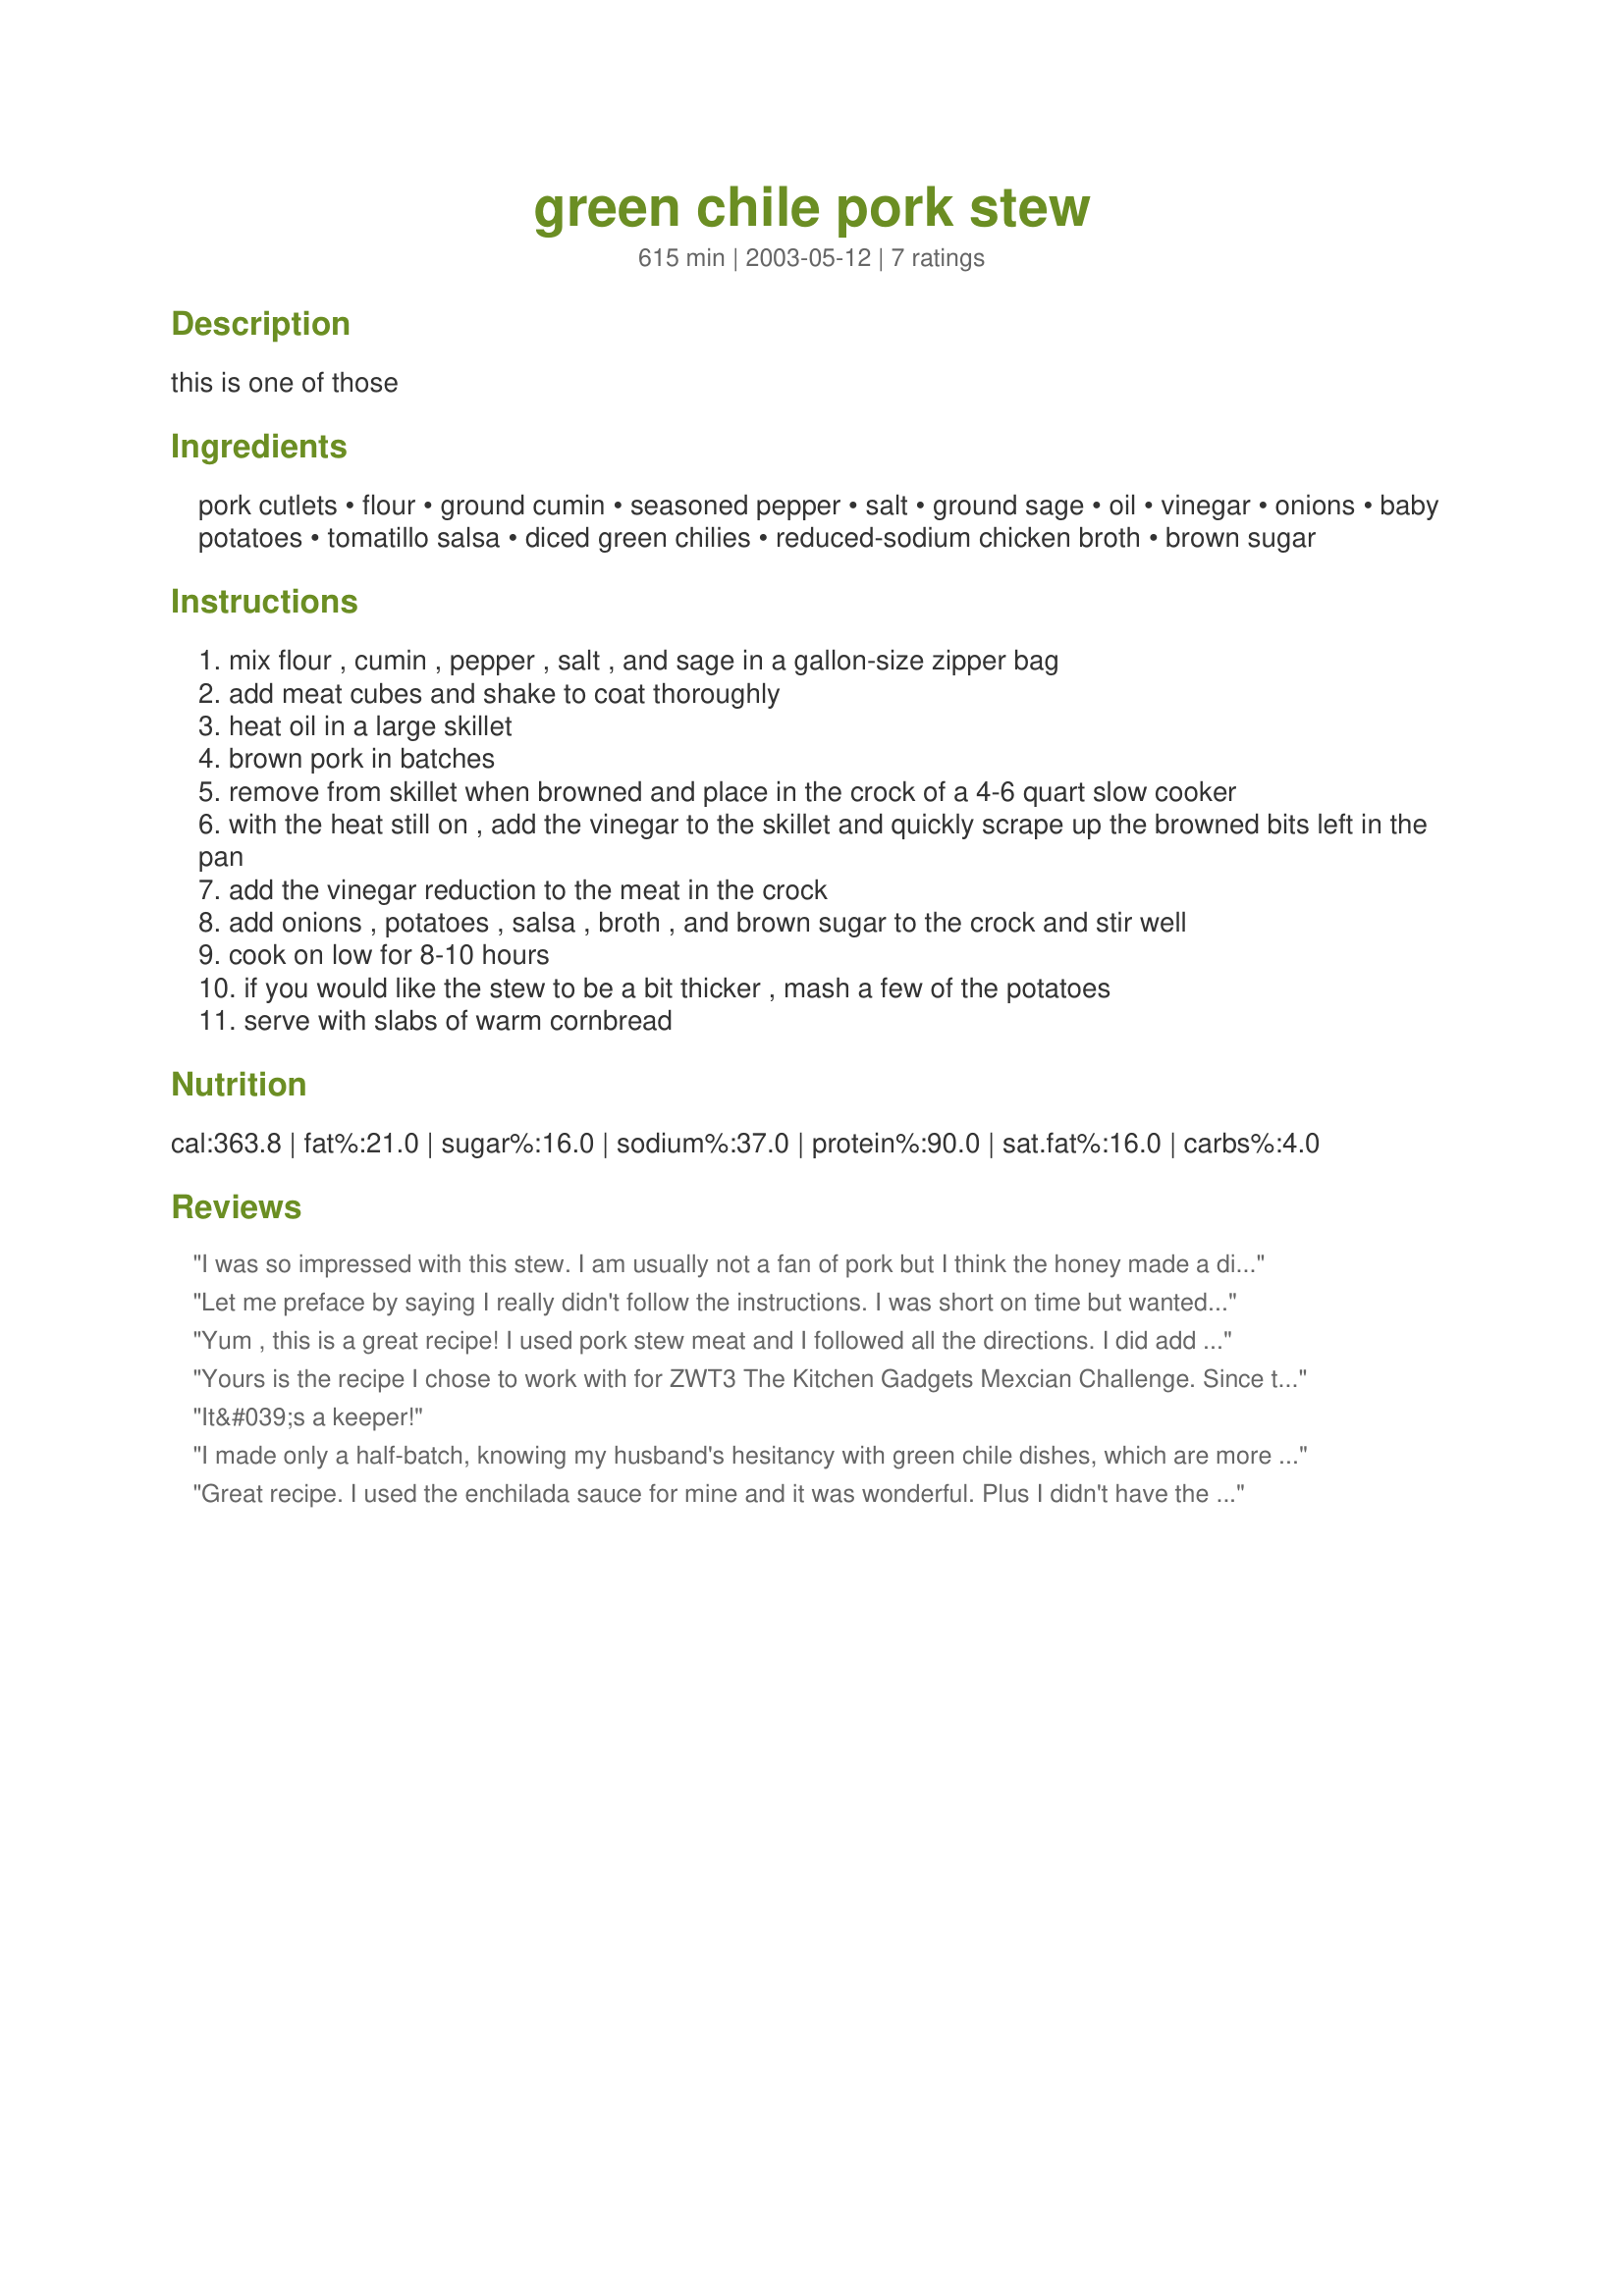
green chile pork stew
Preparation time: 615 minutes

this is one of those

Ingredients:
pork cutlets, flour, ground cumin, seasoned pepper, salt, ground sage, oil, vinegar, onions, baby potatoes, tomatillo salsa, diced green chilies, reduced-sodium chicken broth, brown sugar

Steps:
mix flour , cumin , pepper , salt , and sage in a gallon-size zipper bag
add meat cubes and shake to coat thoroughly
heat oil in a large skillet
brown pork in batches
remove from skillet when browned and place in the crock of a 4-6 quart slow cooker
with the heat still on , add the vinegar to the skillet and quickly scrape up the browned bits left in the pan
add the vinegar reduction to the meat in the crock
add onions , potatoes , salsa , broth , and brown sugar to the crock and stir well
cook on low for 8-10 hours
if you would like the stew to be a bit thicker , mash a few of the potatoes
serve with slabs of warm cornbread

Reviews:
I was so impressed with this stew. I am usually not a fan of pork but I think the honey made a difference. I used La Victoria salsa and added a 29oz can of beans, some sliced carrots, and 3 good sized red potatoes. So very good!!!
Let me preface by saying I really didn't follow the instructions. I was short on time but wanted to try this so I used canned pork (drained the liquid to use as the broth, and scraped the fat to brown the meat), which I tossed in the flour mixture then browned. Added the canned cooked potatoes and the canned enchilada sauce and some more broth to have enough. (No more chiles, can't have it too spicy) Plus a squirt of cider vinegar to give it a tang. I forgot the honey/sugar. But boy was it good. I'm going to try it the correct way in the crock-pot but I think I'll use uncooked potatoes so they'll have the flavor throughout.
Yum , this is a great recipe! I used pork stew meat and I followed all the directions. I did add some things. I added 4 cloves of minced garlic and a diced green pepper along with the onion and sauteed those for a few minutes before adding them to the crock pot. I used peeled red potatoes, quartered, instead of the canned and added 4 peeled and sliced carrots.I also added 1 teaspoon of oregano and a bay leaf. I did use the La Victoria enchilada sauce. At the end I did mash a few potatoes to make it thicker and I stirred in a can (15 ounces) of drained pinto beans and some fresh chopped cilantro. I topped each bowl with Monterey Jack cheese, cilantro, chopped green onions , and sour cream. Served with warmed flour tortillas. This was just what I was looking for and it was a very cozy meal on a cold night. Thank you so much for sharing this. Your friend has a wonderful crockpot concoction here!
Yours is the recipe I chose to work with for ZWT3 The Kitchen Gadgets Mexcian Challenge. Since the olla is a casserole I had to play around with the preparation and not follow your instructions in the use of a crock pot. I followed steps 1-6 to panfry my meat but then transfered everything to my olla/casserole and baked it a low 250 degree oven for 4 hours. Perfection! But then, how could I miss? Since the potatoes are pre-cooked and all else comes from a can, how could I go wrong.
I only made one mistake and that was not doubling the recipe! This is a favorite of mine not only because it is so easy to prepare but because it's taste is awesome. TFS, this is one I'll be doning over and over again, maybe your way, maybe mine, LOL
It&#039;s a keeper!
I made only a half-batch, knowing my husband's hesitancy with green chile dishes, which are more to my liking. His comment was, "I didn't expect to like it...but this is quite good!" He even took the leftovers for lunch. I subbed red potatoes, quartered and used enchilada sauce and it was quite tasty. Cooked in a dutch oven for almost 4 hours at 250 degrees as Julie suggested. Pork was fall apart tender. Will probably go for a bit more spice in the future and will make a full batch from now on. Thanks!
Great recipe. I used the enchilada sauce for mine and it was wonderful. Plus I didn't have the port cutlets, so I used pork steaks and boiled the bones and trimmings and used that stock instead of the chicken stock. This was a very good recipe and made the house smell soooooo goooood!! Thanks for the great recipe.
